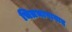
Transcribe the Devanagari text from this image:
चित्रभाषावाद